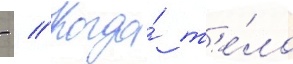
- // Когда́ т'е́ло